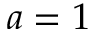
a = 1